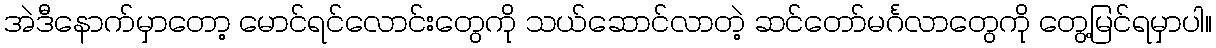
အဲဒီနောက်မှာတော့ မောင်ရင်လောင်းတွေကို သယ်ဆောင်လာတဲ့ ဆင်တော်မင်္ဂလာတွေကို တွေ့မြင်ရမှာပါ။